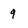
Character: 9